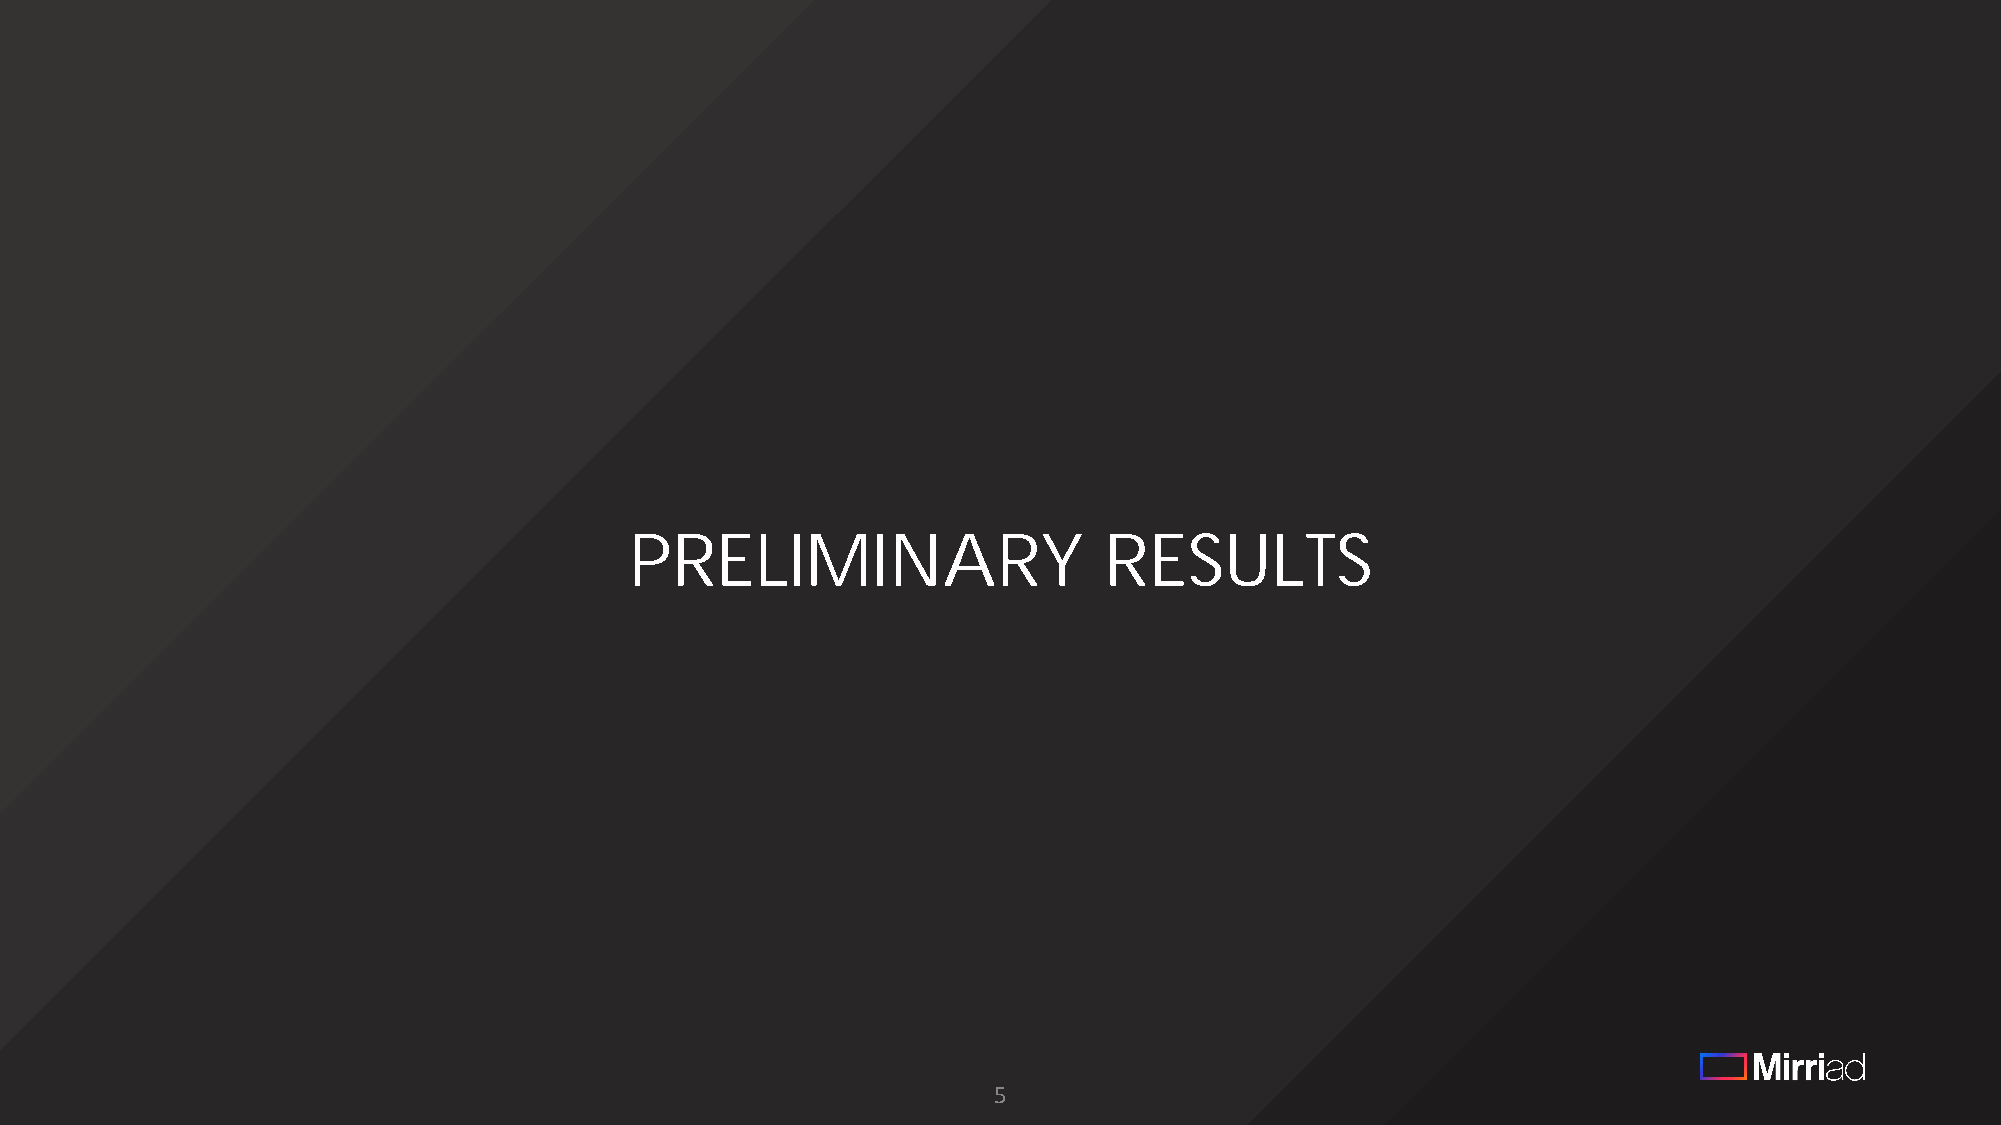
PRELIMINARY                    RESULTS
 5